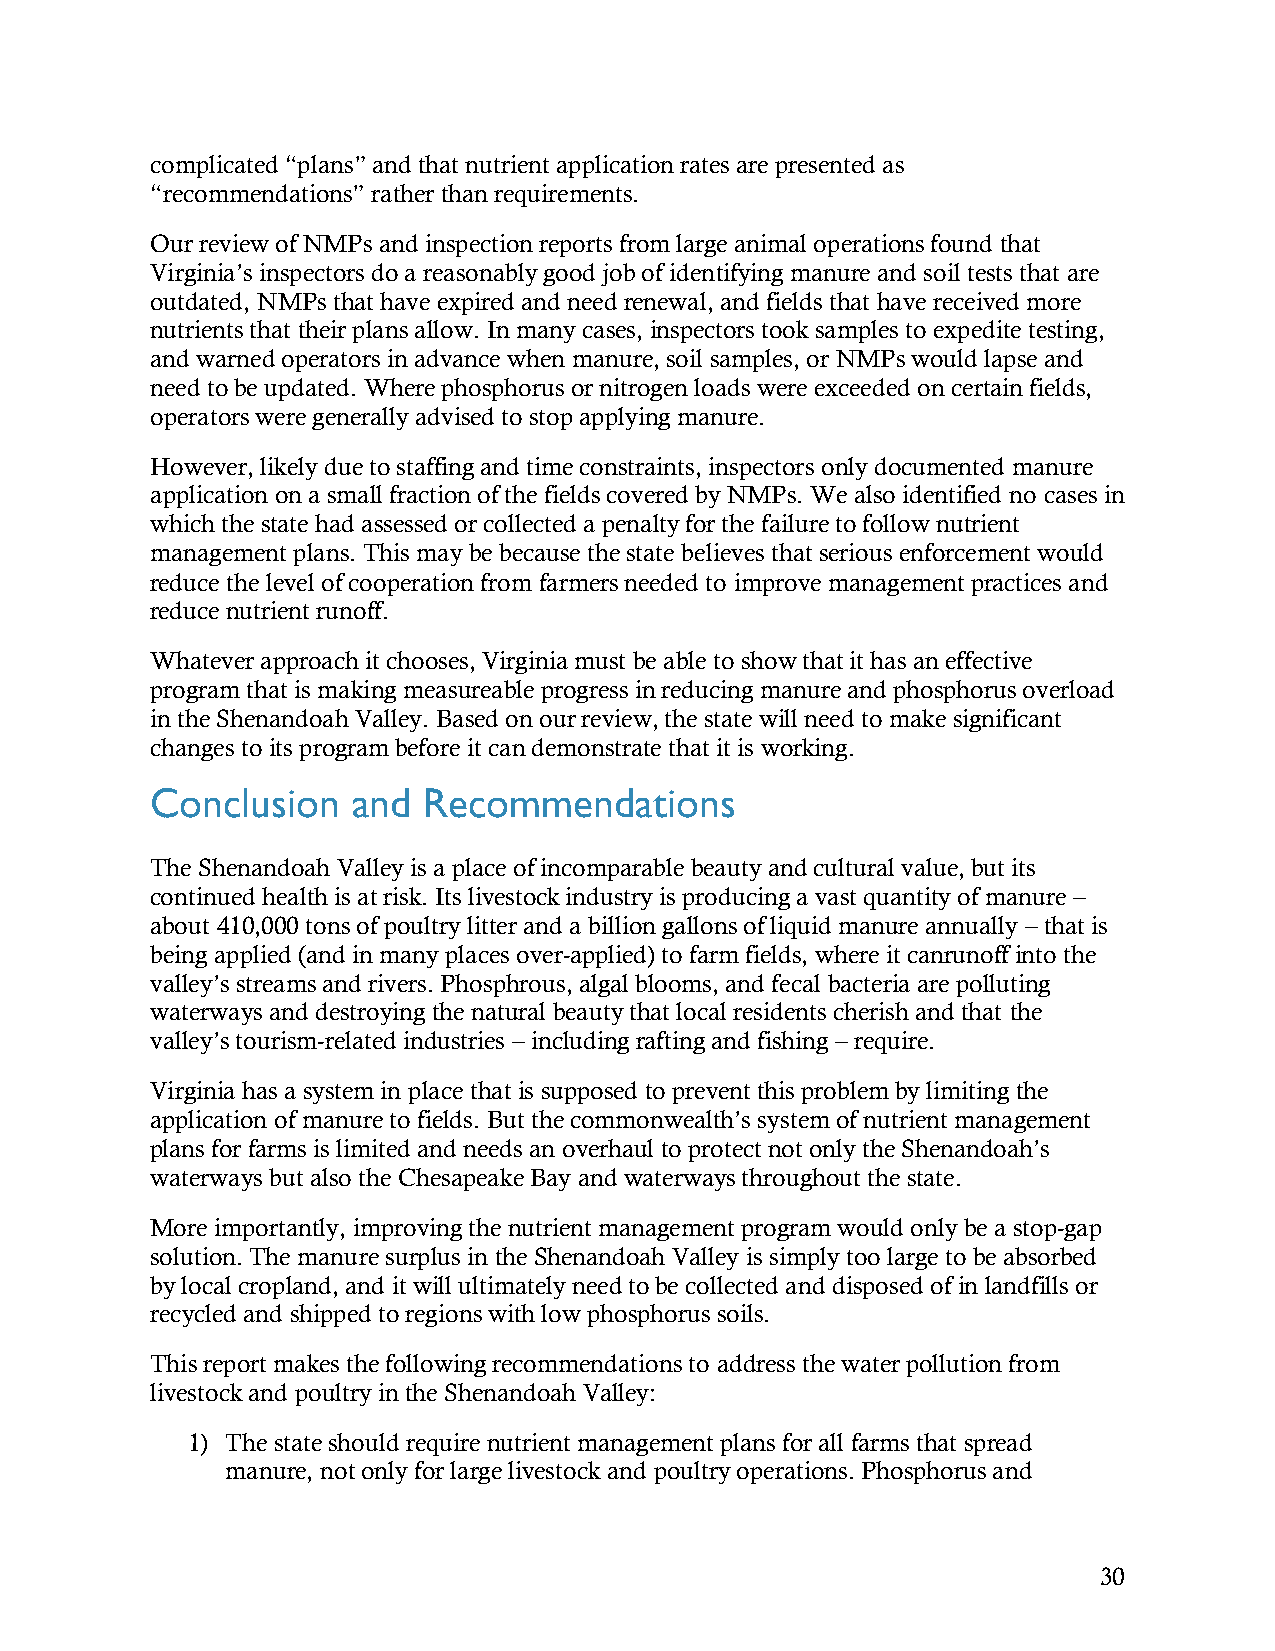
complicated “plans” and that nutrient application rates are presented as
 “recommendations” rather than requirements.
 Our review of NMPs and inspection reports from large animal operations found that
 Virginia’s inspectors do a reasonably good job of identifying manure and soil tests that are
 outdated, NMPs that have expired and need renewal, and fields that have received more
 nutrients that their plans allow. In many cases, inspectors took samples to expedite testing,
 and warned operators in advance when manure, soil samples, or NMPs would lapse and
 need to be updated. Where phosphorus or nitrogen loads were exceeded on certain fields,
 operators were generally advised to stop applying manure.
 However, likely due to staffing and time constraints, inspectors only documented manure
 application on a small fraction of the fields covered by NMPs. We also identified no cases in
 which the state had assessed or collected a penalty for the failure to follow nutrient
 management plans. This may be because the state believes that serious enforcement would
 reduce the level of cooperation from farmers needed to improve management practices and
 reduce nutrient runoff.
 Whatever approach it chooses, Virginia must be able to show that it has an effective
 program that is making measureable progress in reducing manure and phosphorus overload
 in the Shenandoah Valley. Based on our review, the state will need to make significant
 changes to its program before it can demonstrate that it is working.
 Conclusion   and  Recommendations
 The Shenandoah Valley is a place of incomparable beauty and cultural value, but its
 continued health is at risk. Its livestock industry is producing a vast quantity of manure –
 about 410,000 tons of poultry litter and a billion gallons of liquid manure annually – that is
 being applied (and in many places over-applied) to farm fields, where it canrunoff into the
 valley’s streams and rivers. Phosphrous, algal blooms, and fecal bacteria are polluting
 waterways and destroying the natural beauty that local residents cherish and that the
 valley’s tourism-related industries – including rafting and fishing – require.
 Virginia has a system in place that is supposed to prevent this problem by limiting the
 application of manure to fields. But the commonwealth’s system of nutrient management
 plans for farms is limited and needs an overhaul to protect not only the Shenandoah’s
 waterways but also the Chesapeake Bay and waterways throughout the state.
 More importantly, improving the nutrient management program would only be a stop-gap
 solution. The manure surplus in the Shenandoah Valley is simply too large to be absorbed
 by local cropland, and it will ultimately need to be collected and disposed of in landfills or
 recycled and shipped to regions with low phosphorus soils.
 This report makes the following recommendations to address the water pollution from
 livestock and poultry in the Shenandoah Valley:
 1) The state should require nutrient management plans for all farms that spread
 manure, not only for large livestock and poultry operations. Phosphorus and
 30